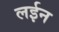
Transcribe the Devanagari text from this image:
लईन